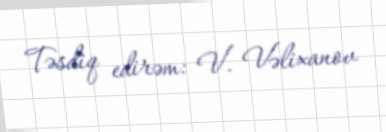
Təsdiq edirəm: V. Vəlixanov